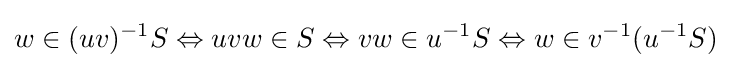
w\in (uv)^{-1}S\Leftrightarrow uvw\in S\Leftrightarrow vw\in u^{-1}S\Leftrightarrow w\in v^{-1}(u^{-1}S)